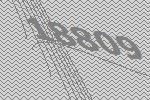
18809